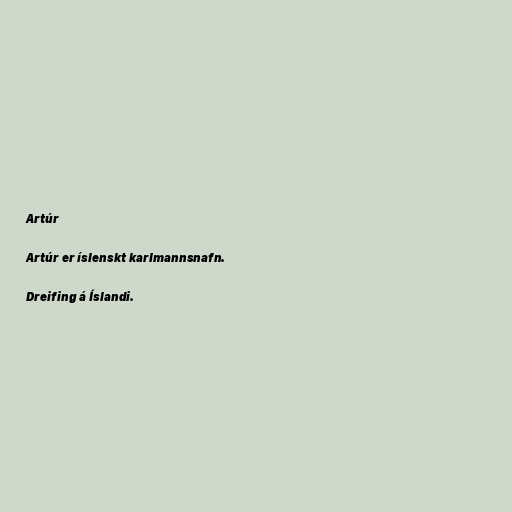
Artúr

Artúr er íslenskt karlmannsnafn.

Dreifing á Íslandi.